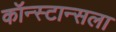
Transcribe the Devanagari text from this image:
कॉन्स्टान्सला